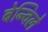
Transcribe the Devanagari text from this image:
बेन्विले